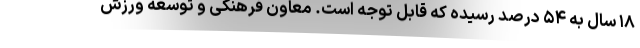
۱۸ سال به ۵۴ درصد رسیده که قابل توجه است. معاون فرهنگی و توسعه ورزش